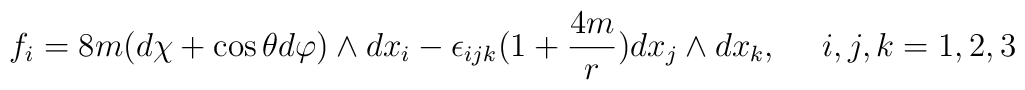
f_i = 8m(d\chi + \cos\theta d\varphi)\wedge dx_i -\epsilon_{ijk}(1+\frac{4m}{r}) dx_j \wedge dx_k,~~~~ i,j,k=1,2,3